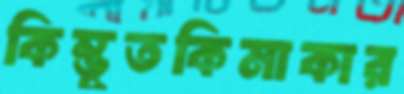
কিম্ভূতকিমাকার